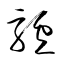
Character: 驢